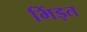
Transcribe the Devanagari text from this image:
भिंड़त